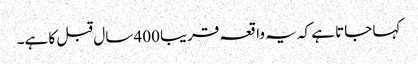
کہا جاتا ہے کہ یہ واقعہ قریبا 400 سال قبل کا ہے۔